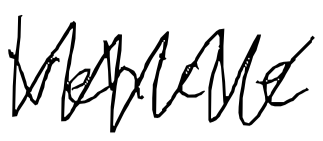
Text: Vehicle
Cross-out: zig-zag
Writing tool: digital_black